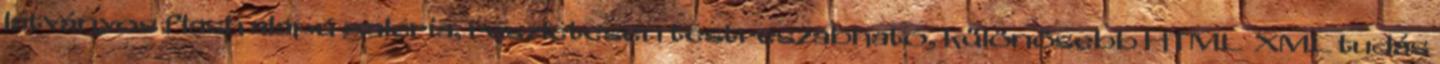
látványos flash alapú galéria, részletesen testreszabható, különösebb HTML XML tudás